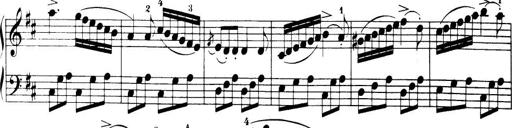
Title: 32 Sonatinas and Rondos for the Piano
Composer: Richard Kleinmichel